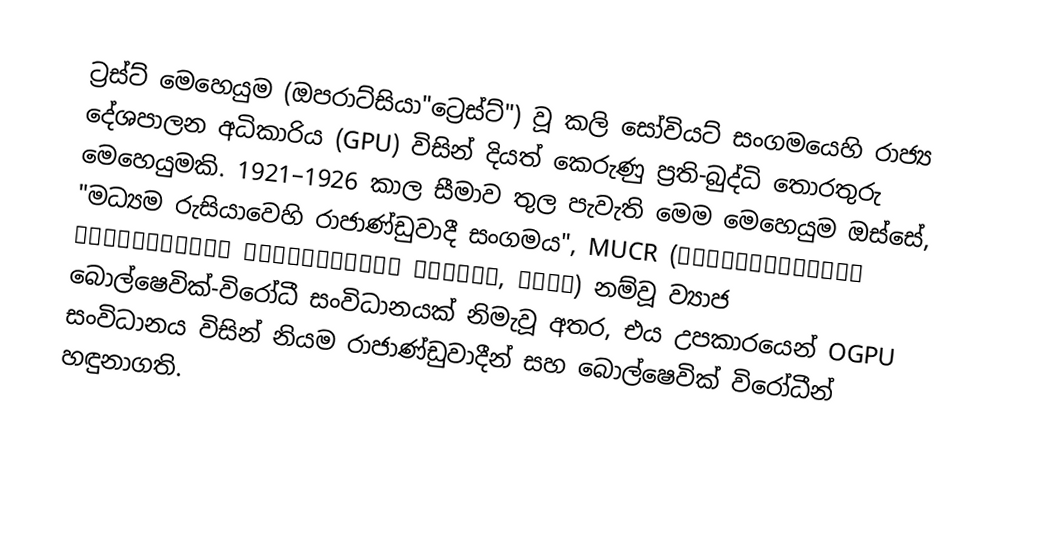
ට්‍රස්ට් මෙහෙයුම (ඔපරාට්සියා"ට්‍රෙස්ට්") වූ කලි සෝවියට් සංගමයෙහි රාජ්‍ය දේශපාලන අධිකාරිය (GPU) විසින් දියත් කෙරුණු  ප්‍රති-බුද්ධි තොරතුරු මෙහෙයුමකි.  1921–1926 කාල සීමාව තුල පැවැති මෙම මෙහෙයුම ඔස්සේ, "මධ්‍යම රුසියාවෙහි රාජාණ්ඩුවාදී සංගමය", MUCR (Монархическое объединение Центральной России, МОЦР) නම්වූ  ව්‍යාජ බොල්ෂෙවික්-විරෝධී සංවිධානයක් නිමැවූ අතර,  එය උපකාරයෙන් OGPU සංවිධානය  විසින් නියම රාජාණ්ඩුවාදීන් සහ බොල්ෂෙවික් විරෝධීන් හඳුනාගති.